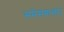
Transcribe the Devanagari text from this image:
समेसमान्तान्